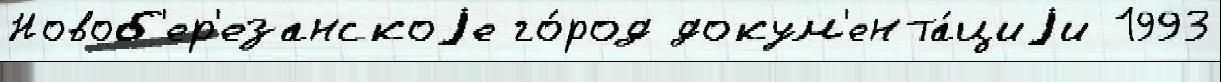
Новоб'ер'езанскоjе го́род докум'ента́циjи 1993